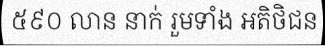
៥៩០ លាន នាក់ រួមទាំង អតិថិជន